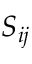
S _ { i j }